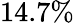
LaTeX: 14.7\%